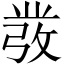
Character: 𭛁